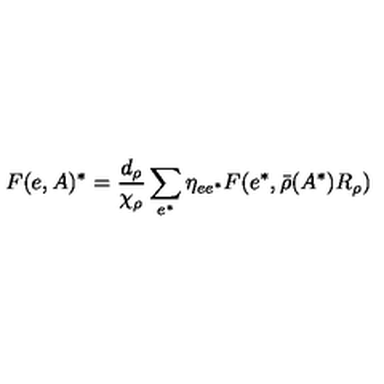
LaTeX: F ( e , A ) ^ { * } = \frac { d _ { \rho } } { \chi _ { \rho } } \sum _ { e ^ { * } } \eta _ { e e ^ { * } } F ( e ^ { * } , \bar { \rho } ( A ^ { * } ) R _ { \rho } )